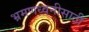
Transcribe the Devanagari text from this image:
भ्रमणध्वनीसाठी